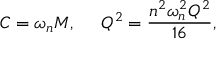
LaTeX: { \cal C } = \omega _ { n } M , \ \ \ \ { \cal Q } ^ { 2 } = \frac { n ^ { 2 } \omega _ { n } ^ { 2 } Q ^ { 2 } } { 1 6 } ,